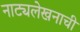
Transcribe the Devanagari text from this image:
नाट्यलेखनाची